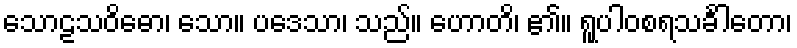
သောဠသဝိဓော၊ သော။ ပဒေသာ၊ သည်။ ဟောတိ၊ ၏။ ရူပါဝစရသင်္ခါတော၊